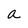
Character: a